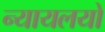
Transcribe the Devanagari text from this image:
न्यायलयो